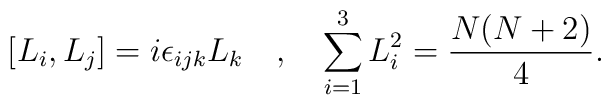
[L_i, L_j]=i\epsilon_{ijk}L_k\quad,\quad\sum_{i=1}^3L_i^2=\frac{N(N+2)}{4}.